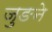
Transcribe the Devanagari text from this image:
जुङने